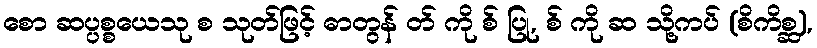
စော ဆပ္ပစ္စယေသု စ သုတ်ဖြင့် ဓာတွန် တ် ကို စ် ပြု, စ် ကို ဆ သို့ကပ် (စိကိစ္ဆ),